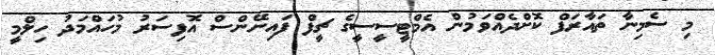
މި ސެމިނާ ތައާރަފް ކޮށްދެއްވަމުން އެމްޓީސީސީގެ ޗީފް ފައިނޭންސް އޮފިސަރު މުހައްމަދު ހިލްމީ